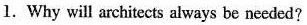
1.Why will architects always be needed?